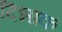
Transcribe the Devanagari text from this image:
दिन्नाक